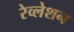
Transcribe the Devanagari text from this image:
रेव्लेशन